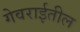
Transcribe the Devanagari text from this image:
गेवराईतील